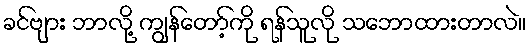
ခင်ဗျား ဘာလို့ ကျွန်တော့်ကို ရန်သူလို သဘောထားတာလဲ။